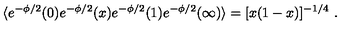
\langle e ^ { - \phi / 2 } ( 0 ) e ^ { - \phi / 2 } ( x ) e ^ { - \phi / 2 } ( 1 ) e ^ { - \phi / 2 } ( \infty ) \rangle = [ x ( 1 - x ) ] ^ { - 1 / 4 } \ .